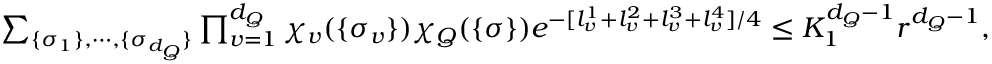
\begin{array} { r } { \sum _ { \{ \sigma _ { 1 } \} , \cdots , \{ \sigma _ { d _ { Q } } \} } \prod _ { v = 1 } ^ { d _ { Q } } \chi _ { v } ( \{ \sigma _ { v } \} ) \chi _ { Q } ( \{ \sigma \} ) e ^ { - [ l _ { v } ^ { 1 } + l _ { v } ^ { 2 } + l _ { v } ^ { 3 } + l _ { v } ^ { 4 } ] / 4 } \le K _ { 1 } ^ { d _ { Q } - 1 } { r } ^ { d _ { Q } - 1 } , } \end{array}